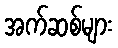
အက်ဆစ်များ